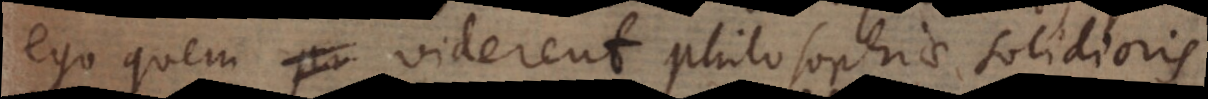
ego quem viderent philosophiae solidioris